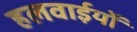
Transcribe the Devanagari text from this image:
हलवाईयों